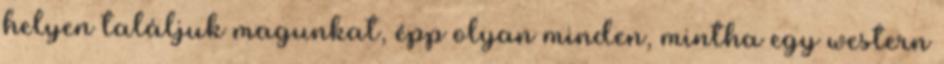
helyen találjuk magunkat, épp olyan minden, mintha egy western